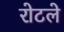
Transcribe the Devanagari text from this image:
रोटले